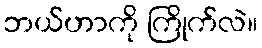
ဘယ်ဟာကို ကြိုက်လဲ။